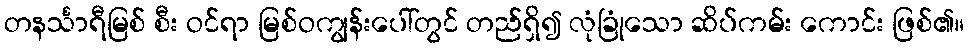
တနင်္သာရီမြစ် စီး ဝင်ရာ မြစ်ဝကျွန်းပေါ်တွင် တည်ရှိ၍ လုံခြုံသော ဆိပ်ကမ်း ကောင်း ဖြစ်၏။